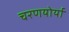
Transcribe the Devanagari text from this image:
चरणयोर्या